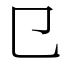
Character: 㔾